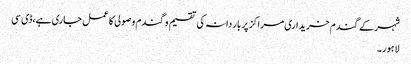
شہرکے گندم خریداری مراکز پر بار دانہ کی تقسیم و گندم وصولی کا عمل جاری ہے،ڈی سی
لاہور۔